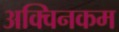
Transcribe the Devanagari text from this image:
अक्विनकम